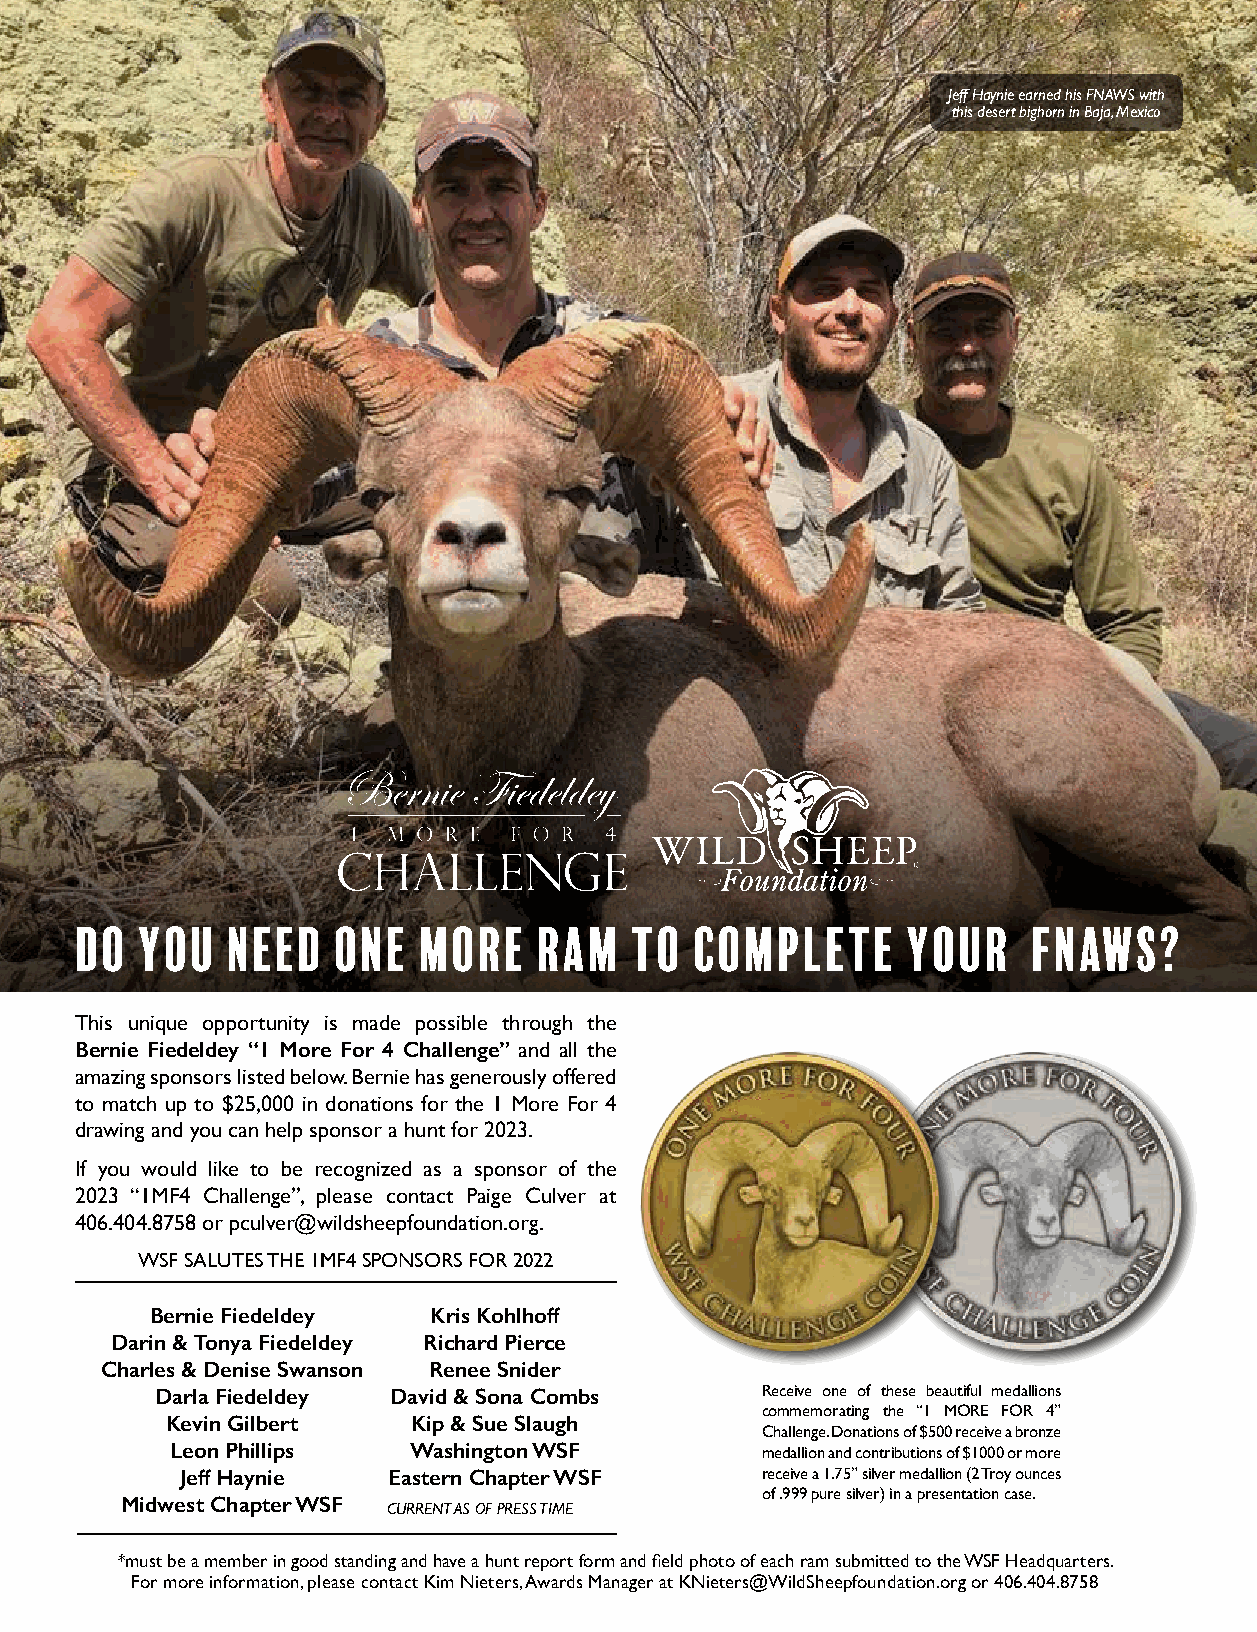
Jeff Haynie earned his FNAWS with
 this desert bighorn in Baja, Mexico
 DO  YOU   NEED   ONE   MORE    RAM   TO  COMPLETE      YOUR    FNAWS?
 This unique opportunity is made possible through the
 Bernie Fiedeldey “1 More For 4 Challenge” and all the
 amazing sponsors listed below. Bernie has generously offered
 to match up to $25,000 in donations for the 1 More For 4
 drawing and you can help sponsor a hunt for 2023.
 If you would like to be recognized as a sponsor of the
 2023 “1MF4 Challenge”, please contact Paige Culver at
 406.404.8758 or pculver@wildsheepfoundation.org.
 WSF SALUTES THE 1MF4 SPONSORS FOR 2022
 Bernie Fiedeldey  Kris Kohlhoff
 Darin & Tonya Fiedeldey Richard Pierce
 Charles & Denise Swanson Renee Snider
 Darla Fiedeldey David & Sona Combs      Receive one of these beautiful medallions
 commemorating the “1 MORE FOR 4”
 Kevin Gilbert   Kip & Sue Slaugh
 Challenge. Donations of $500 receive a bronze
 Leon Phillips   Washington WSF         medallion and contributions of $1000 or more
 Jeff Haynie   Eastern Chapter WSF     receive a 1.75” silver medallion (2 Troy ounces
 of .999 pure silver) in a presentation case.
 Midwest Chapter WSF
 CURRENT AS OF PRESS TIME
 *must be a member in good standing and have a hunt report form and field photo of each ram submitted to the WSF Headquarters.
 For more information, please contact Kim Nieters, Awards Manager at KNieters@WildSheepfoundation.org or 406.404.8758